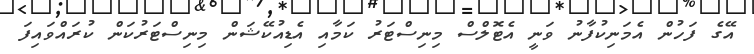
އޭގެ ފަހުން އެމަނިކުފާނު ވަނީ އެޓޮލްސް މިނިސްޓަރު ކަމާއި އެޑިއުކޭޝަން މިނިސްޓަރުކަން ކުރައްވައިފަ